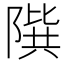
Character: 𨻘